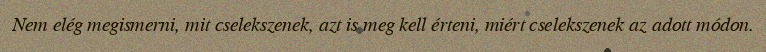
Nem elég megismerni, mit cselekszenek, azt is meg kell érteni, miért cselekszenek az adott módon.